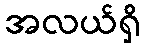
အလယ်ရှိ